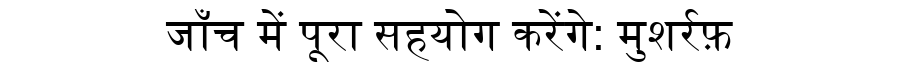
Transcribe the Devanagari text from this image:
जाँच में पूरा सहयोग करेंगे: मुशर्रफ़